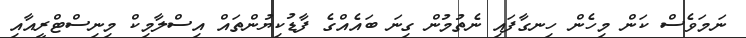
ނަމަވެސް ކަން މިހެން ހިނގާފައި ނެތުމުން ގިނަ ބައެއްގެ ފާޑުކިޔުންތައް އިސްލާމިކް މިނިސްޓްރީއާއި